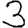
Digit: 3